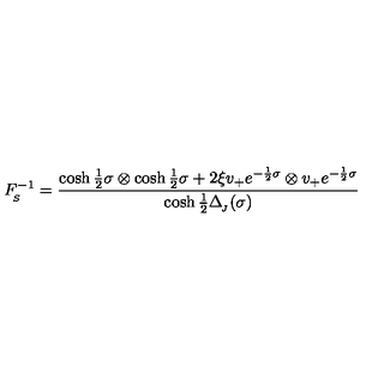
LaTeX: F _ { _ { \! S } } ^ { - 1 } = \frac { \cosh \frac { 1 } { 2 } \sigma \otimes \cosh \frac { 1 } { 2 } \sigma + 2 \xi v _ { + } e ^ { - \frac { 1 } { 2 } \sigma } \otimes v _ { + } e ^ { - \frac { 1 } { 2 } \sigma } } { \cosh \frac { 1 } { 2 } \Delta _ { _ { \! J } } ( \sigma ) } \,